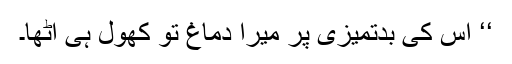
‘‘ اس کی بدتمیزی پر میرا دماغ تو کھول ہی اٹھا۔